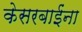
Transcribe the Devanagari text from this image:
केसरबाईंना